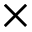
\times